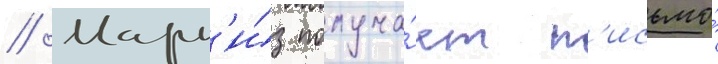
// Марк'и́з получа́ет п'исьмо́